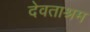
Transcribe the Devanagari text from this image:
देवताश्रम